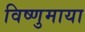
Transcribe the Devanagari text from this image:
विष्णुमाया